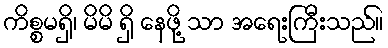
ကိစ္စမရှိ၊ မိမိ ရှိ နေဖို့ သာ အရေးကြီးသည်။